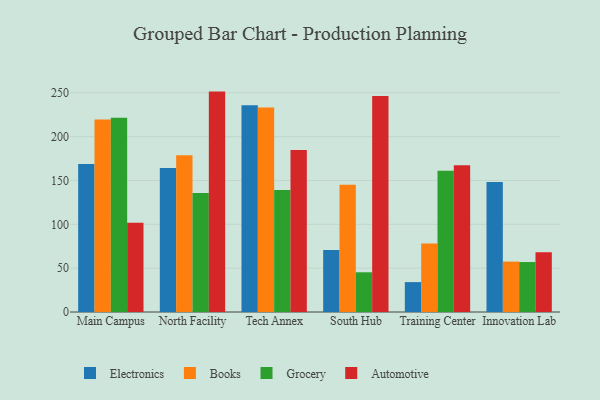
{"axis": {"x": "Campus", "y": "Customer Acquisition Cost (USD)"}, "legend": ["Automotive", "Books", "Electronics", "Grocery"], "data": [{"x": "Main Campus", "y": 168.9, "type": "Electronics"}, {"x": "Main Campus", "y": 219.7, "type": "Books"}, {"x": "Main Campus", "y": 221.5, "type": "Grocery"}, {"x": "Main Campus", "y": 101.9, "type": "Automotive"}, {"x": "North Facility", "y": 164.2, "type": "Electronics"}, {"x": "North Facility", "y": 178.9, "type": "Books"}, {"x": "North Facility", "y": 135.7, "type": "Grocery"}, {"x": "North Facility", "y": 251.4, "type": "Automotive"}, {"x": "Tech Annex", "y": 235.7, "type": "Electronics"}, {"x": "Tech Annex", "y": 233.3, "type": "Books"}, {"x": "Tech Annex", "y": 139.2, "type": "Grocery"}, {"x": "Tech Annex", "y": 184.7, "type": "Automotive"}, {"x": "South Hub", "y": 70.7, "type": "Electronics"}, {"x": "South Hub", "y": 145.2, "type": "Books"}, {"x": "South Hub", "y": 45.3, "type": "Grocery"}, {"x": "South Hub", "y": 246.3, "type": "Automotive"}, {"x": "Training Center", "y": 34.1, "type": "Electronics"}, {"x": "Training Center", "y": 78.1, "type": "Books"}, {"x": "Training Center", "y": 161.0, "type": "Grocery"}, {"x": "Training Center", "y": 167.5, "type": "Automotive"}, {"x": "Innovation Lab", "y": 148.4, "type": "Electronics"}, {"x": "Innovation Lab", "y": 57.5, "type": "Books"}, {"x": "Innovation Lab", "y": 57.0, "type": "Grocery"}, {"x": "Innovation Lab", "y": 68.1, "type": "Automotive"}]}